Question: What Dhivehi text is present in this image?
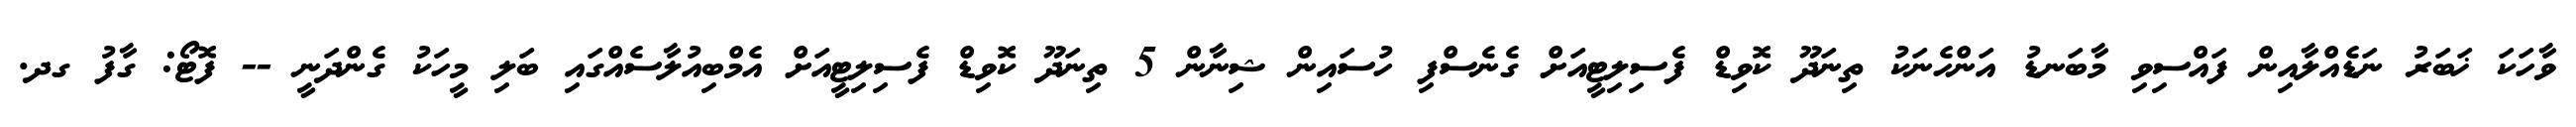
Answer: ވާހަކަ ޚަބަރު ނަޑެއްލާއިން ފައްސިވި މާބަނޑު އަންހެނަކު ތިނަދޫ ކޮވިޑް ފެސިލިޓީއަށް ގެނެސްފި ހުސައިން ޝިނާން 5 ތިނަދޫ ކޮވިޑް ފެސިލިޓީއަށް އެމްބިއުލާސެއްގައި ބަލި މީހަކު ގެންދަނީ -- ފޮޓޯ: ގާފު ގދ.